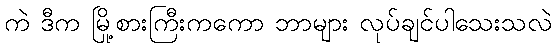
ကဲ ဒီက မြို့စားကြီးကကော ဘာများ လုပ်ချင်ပါသေးသလဲ